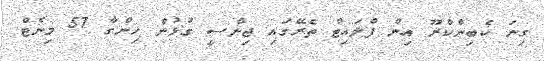
ގިނަ ކެބިންކްރޫ އިން ފްލައިޓް ތެރޭގައި ޖިންސީ ގުޅުން ހިންގާ 57 މިނެޓް